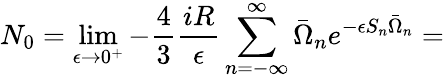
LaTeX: N_{0}=\operatorname*{lim}_{\epsilon\rightarrow 0^{+}}-\frac 43\frac{iR}{\epsilon}\sum_{n=-\infty}^{\infty}\bar{\Omega}_{n}e^{-\epsilon S_{n}\bar{\Omega}_{n}}=